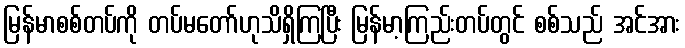
မြန်မာစစ်တပ်ကို တပ်မတော်ဟုသိရှိကြပြီး မြန်မာ့ကြည်းတပ်တွင် စစ်သည် အင်အား